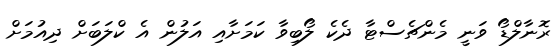
ރޮނާލްޑޯ ވަނީ މެންޗެސްޓާ ދެކެ ލޯބިވާ ކަމަށާއި އަލުން އެ ކްލަބަށް ދިއުމަށް